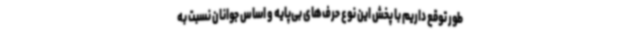
طور توقع داریم با پخش این نوع حرف‌های بی‌پایه و اساس جوانان نسبت به